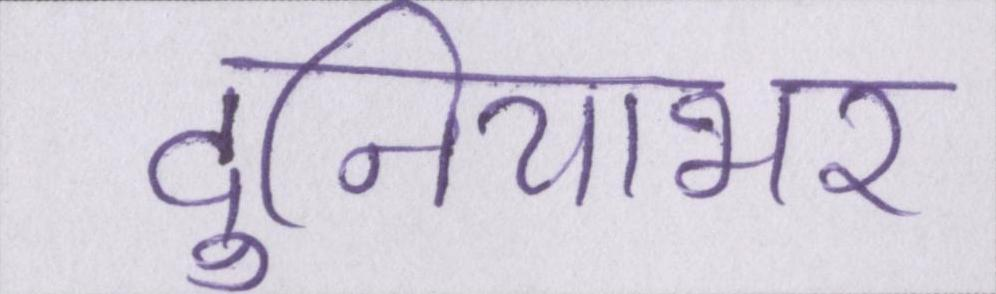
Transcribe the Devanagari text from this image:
दुनियाभर